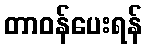
တာဝန်ပေးရန်